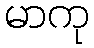
မာကု